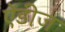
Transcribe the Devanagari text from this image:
ऐंडीज